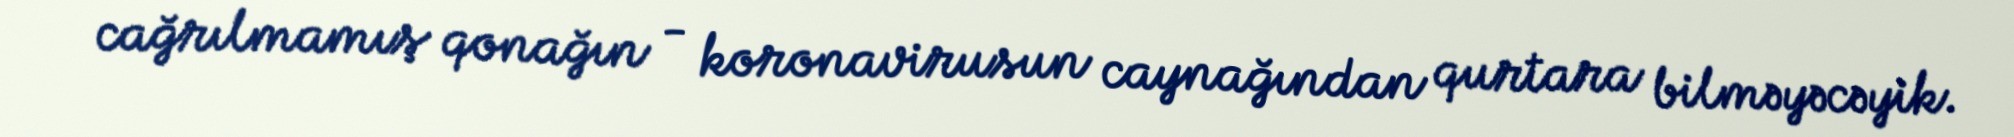
cağrılmamış qonağın - koronavirusun caynağından qurtara bilməyəcəyik.